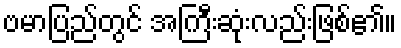
ဗမာပြည်တွင် အကြီးဆုံးလည်းဖြစ်၏။